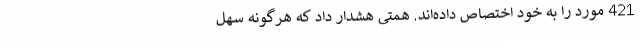
421 مورد را به خود اختصاص داده‌اند. همتی هشدار داد که هرگونه سهل‌